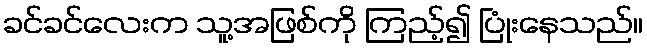
ခင်ခင်လေးက သူ့အဖြစ်ကို ကြည့်၍ ပြုံးနေသည်။